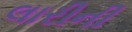
લારીની